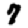
Digit: 7